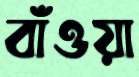
বাঁওয়া